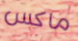
ماكس